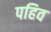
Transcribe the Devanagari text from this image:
पहिव